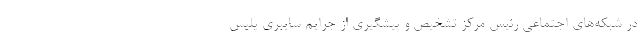
در شبکه‌های اجتماعی رئیس مرکز تشخیص و پیشگیری از جرایم سایبری پلیس